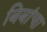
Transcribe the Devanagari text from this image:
बिबांचा